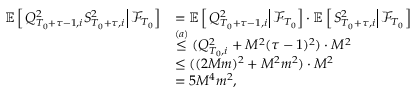
\begin{array} { r l } { \mathbb E \left[ \left. Q _ { T _ { 0 } + \tau - 1 , i } ^ { 2 } S _ { T _ { 0 } + \tau , i } ^ { 2 } \right\rvert \mathcal F _ { T _ { 0 } } \right] } & { = \mathbb E \left[ \left. Q _ { T _ { 0 } + \tau - 1 , i } ^ { 2 } \right\rvert \mathcal F _ { T _ { 0 } } \right] \cdot \mathbb E \left[ \left. S _ { T _ { 0 } + \tau , i } ^ { 2 } \right\rvert \mathcal F _ { T _ { 0 } } \right] } \\ & { \stackrel { ( a ) } \le ( Q _ { T _ { 0 } , i } ^ { 2 } + M ^ { 2 } ( \tau - 1 ) ^ { 2 } ) \cdot M ^ { 2 } } \\ & { \le ( ( 2 M m ) ^ { 2 } + M ^ { 2 } m ^ { 2 } ) \cdot M ^ { 2 } } \\ & { = 5 M ^ { 4 } m ^ { 2 } , } \end{array}